Bréfritari: Sigríður Pálsdóttir
Viðtakandi: Páll Pálsson
Dagsetning: A-1868-08-11
Skrifað á: Breiðabólsstað  Rang.
Páll var bróðir Sigríðar

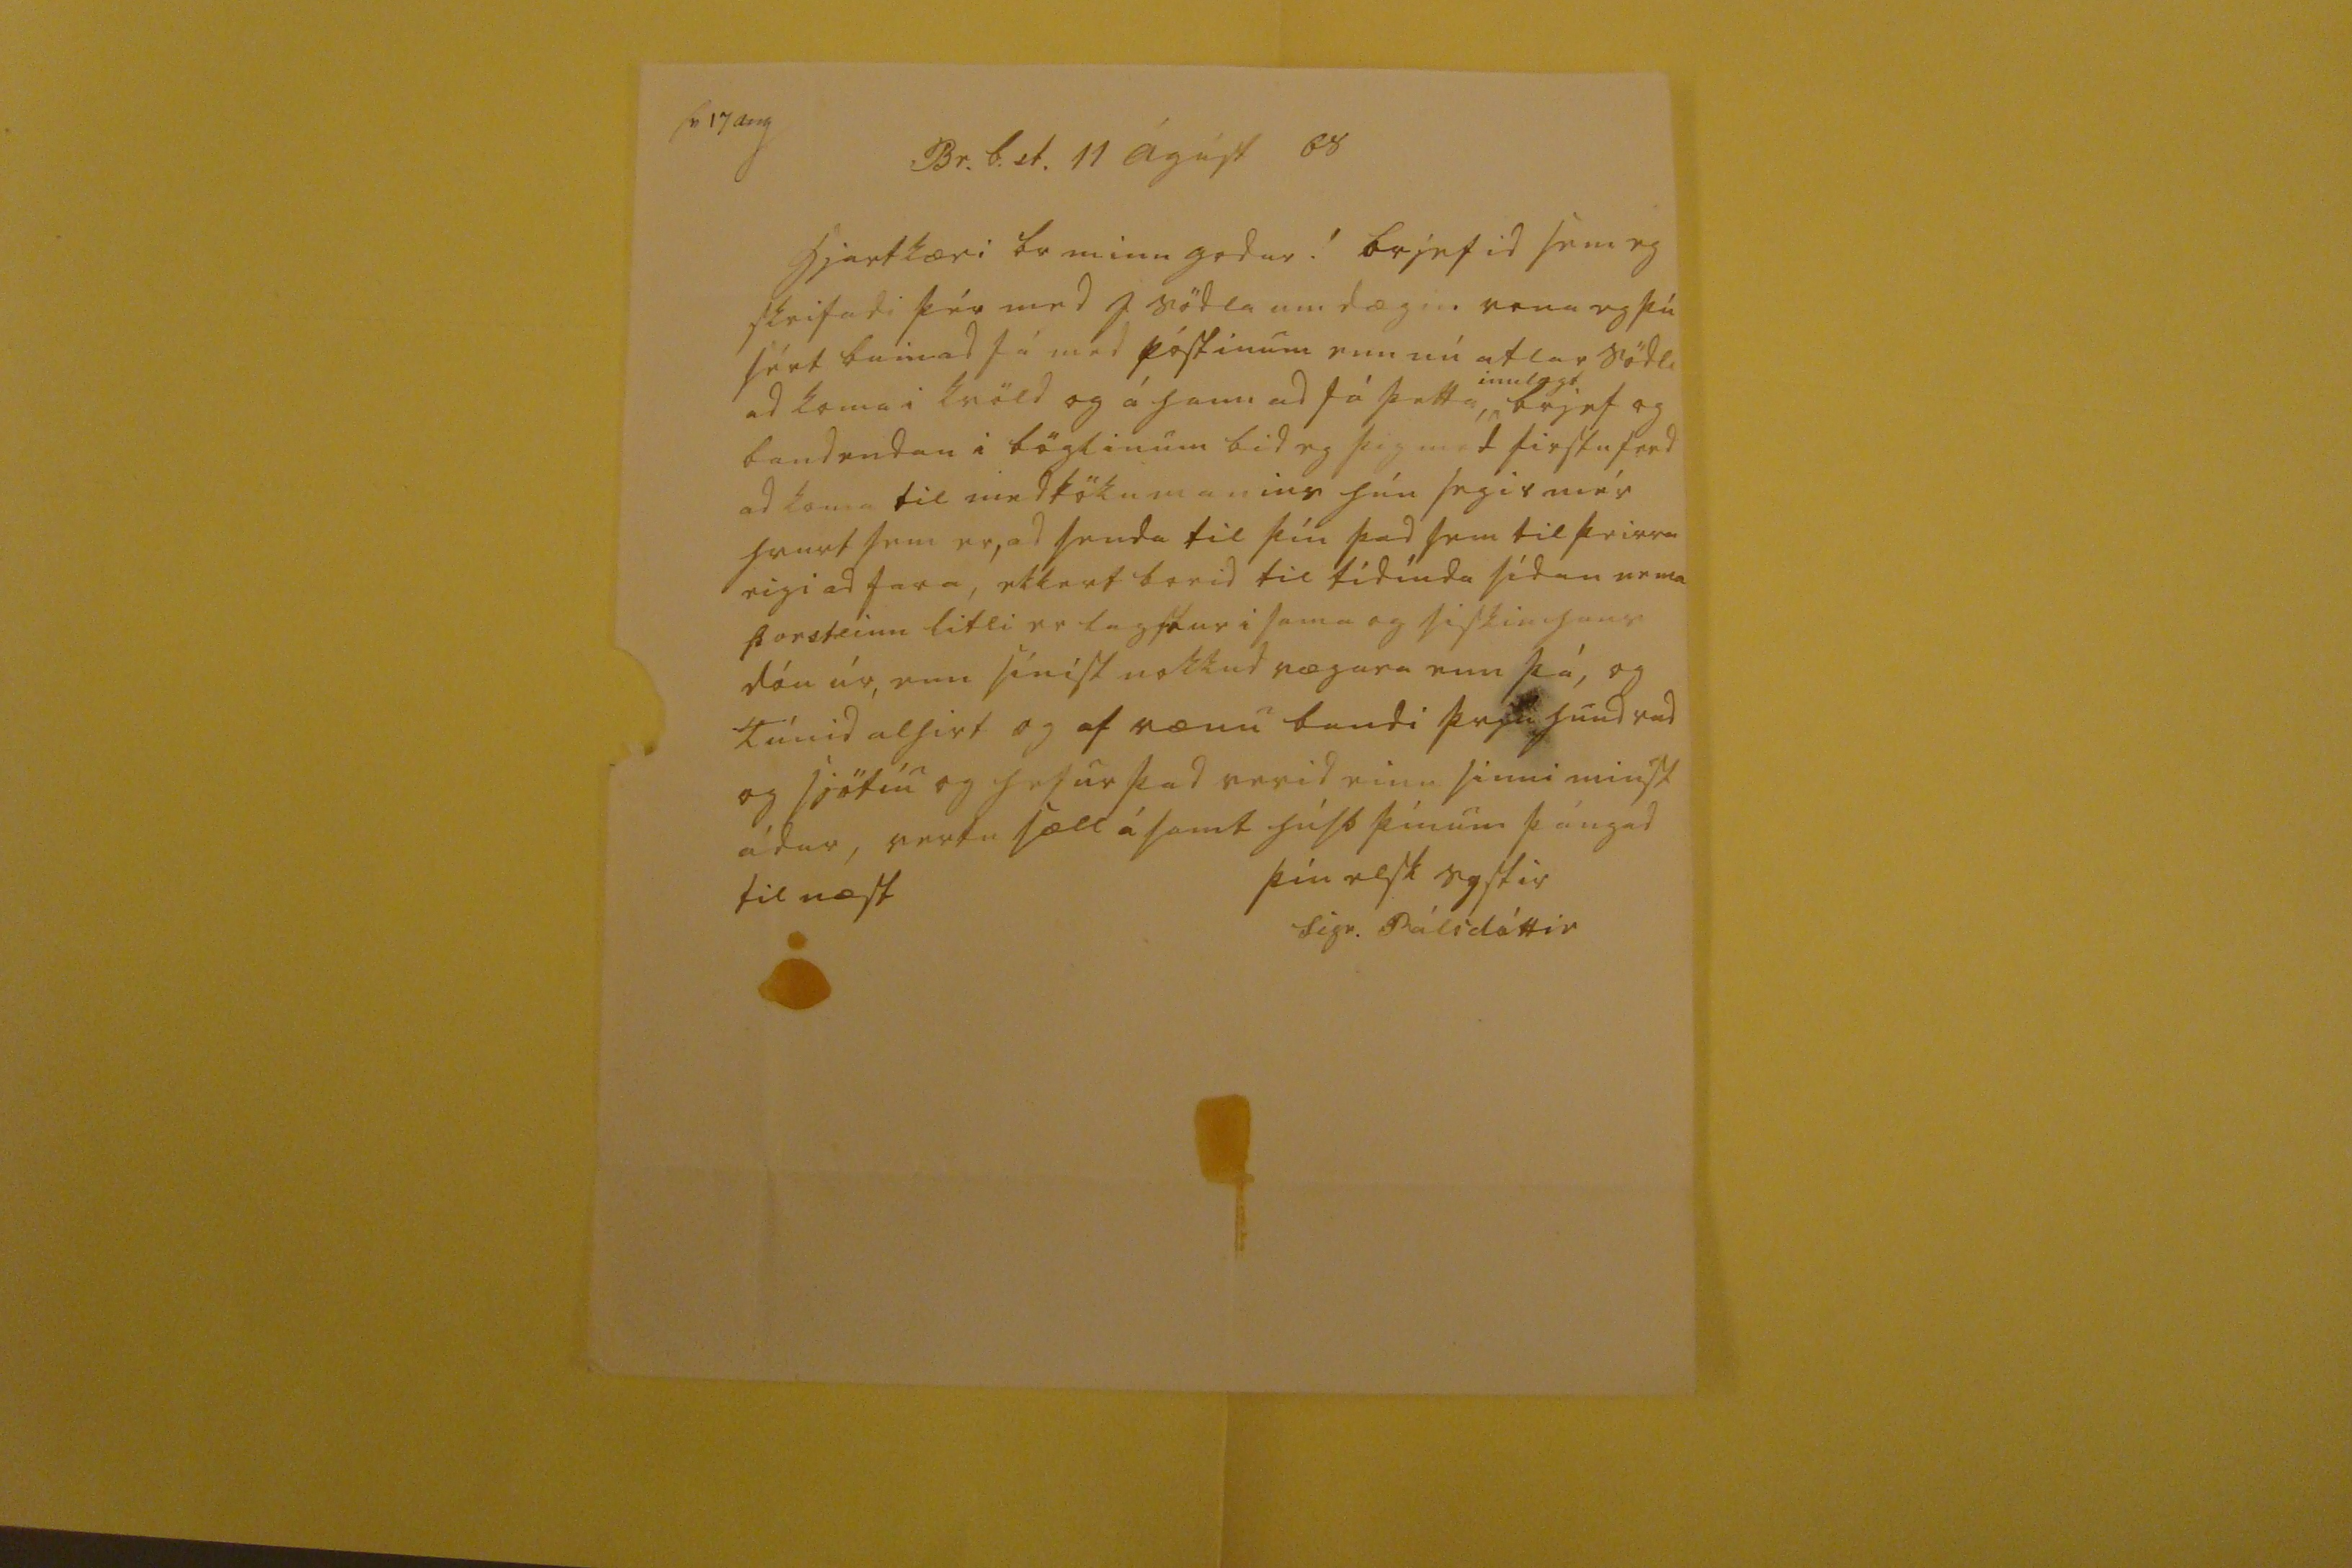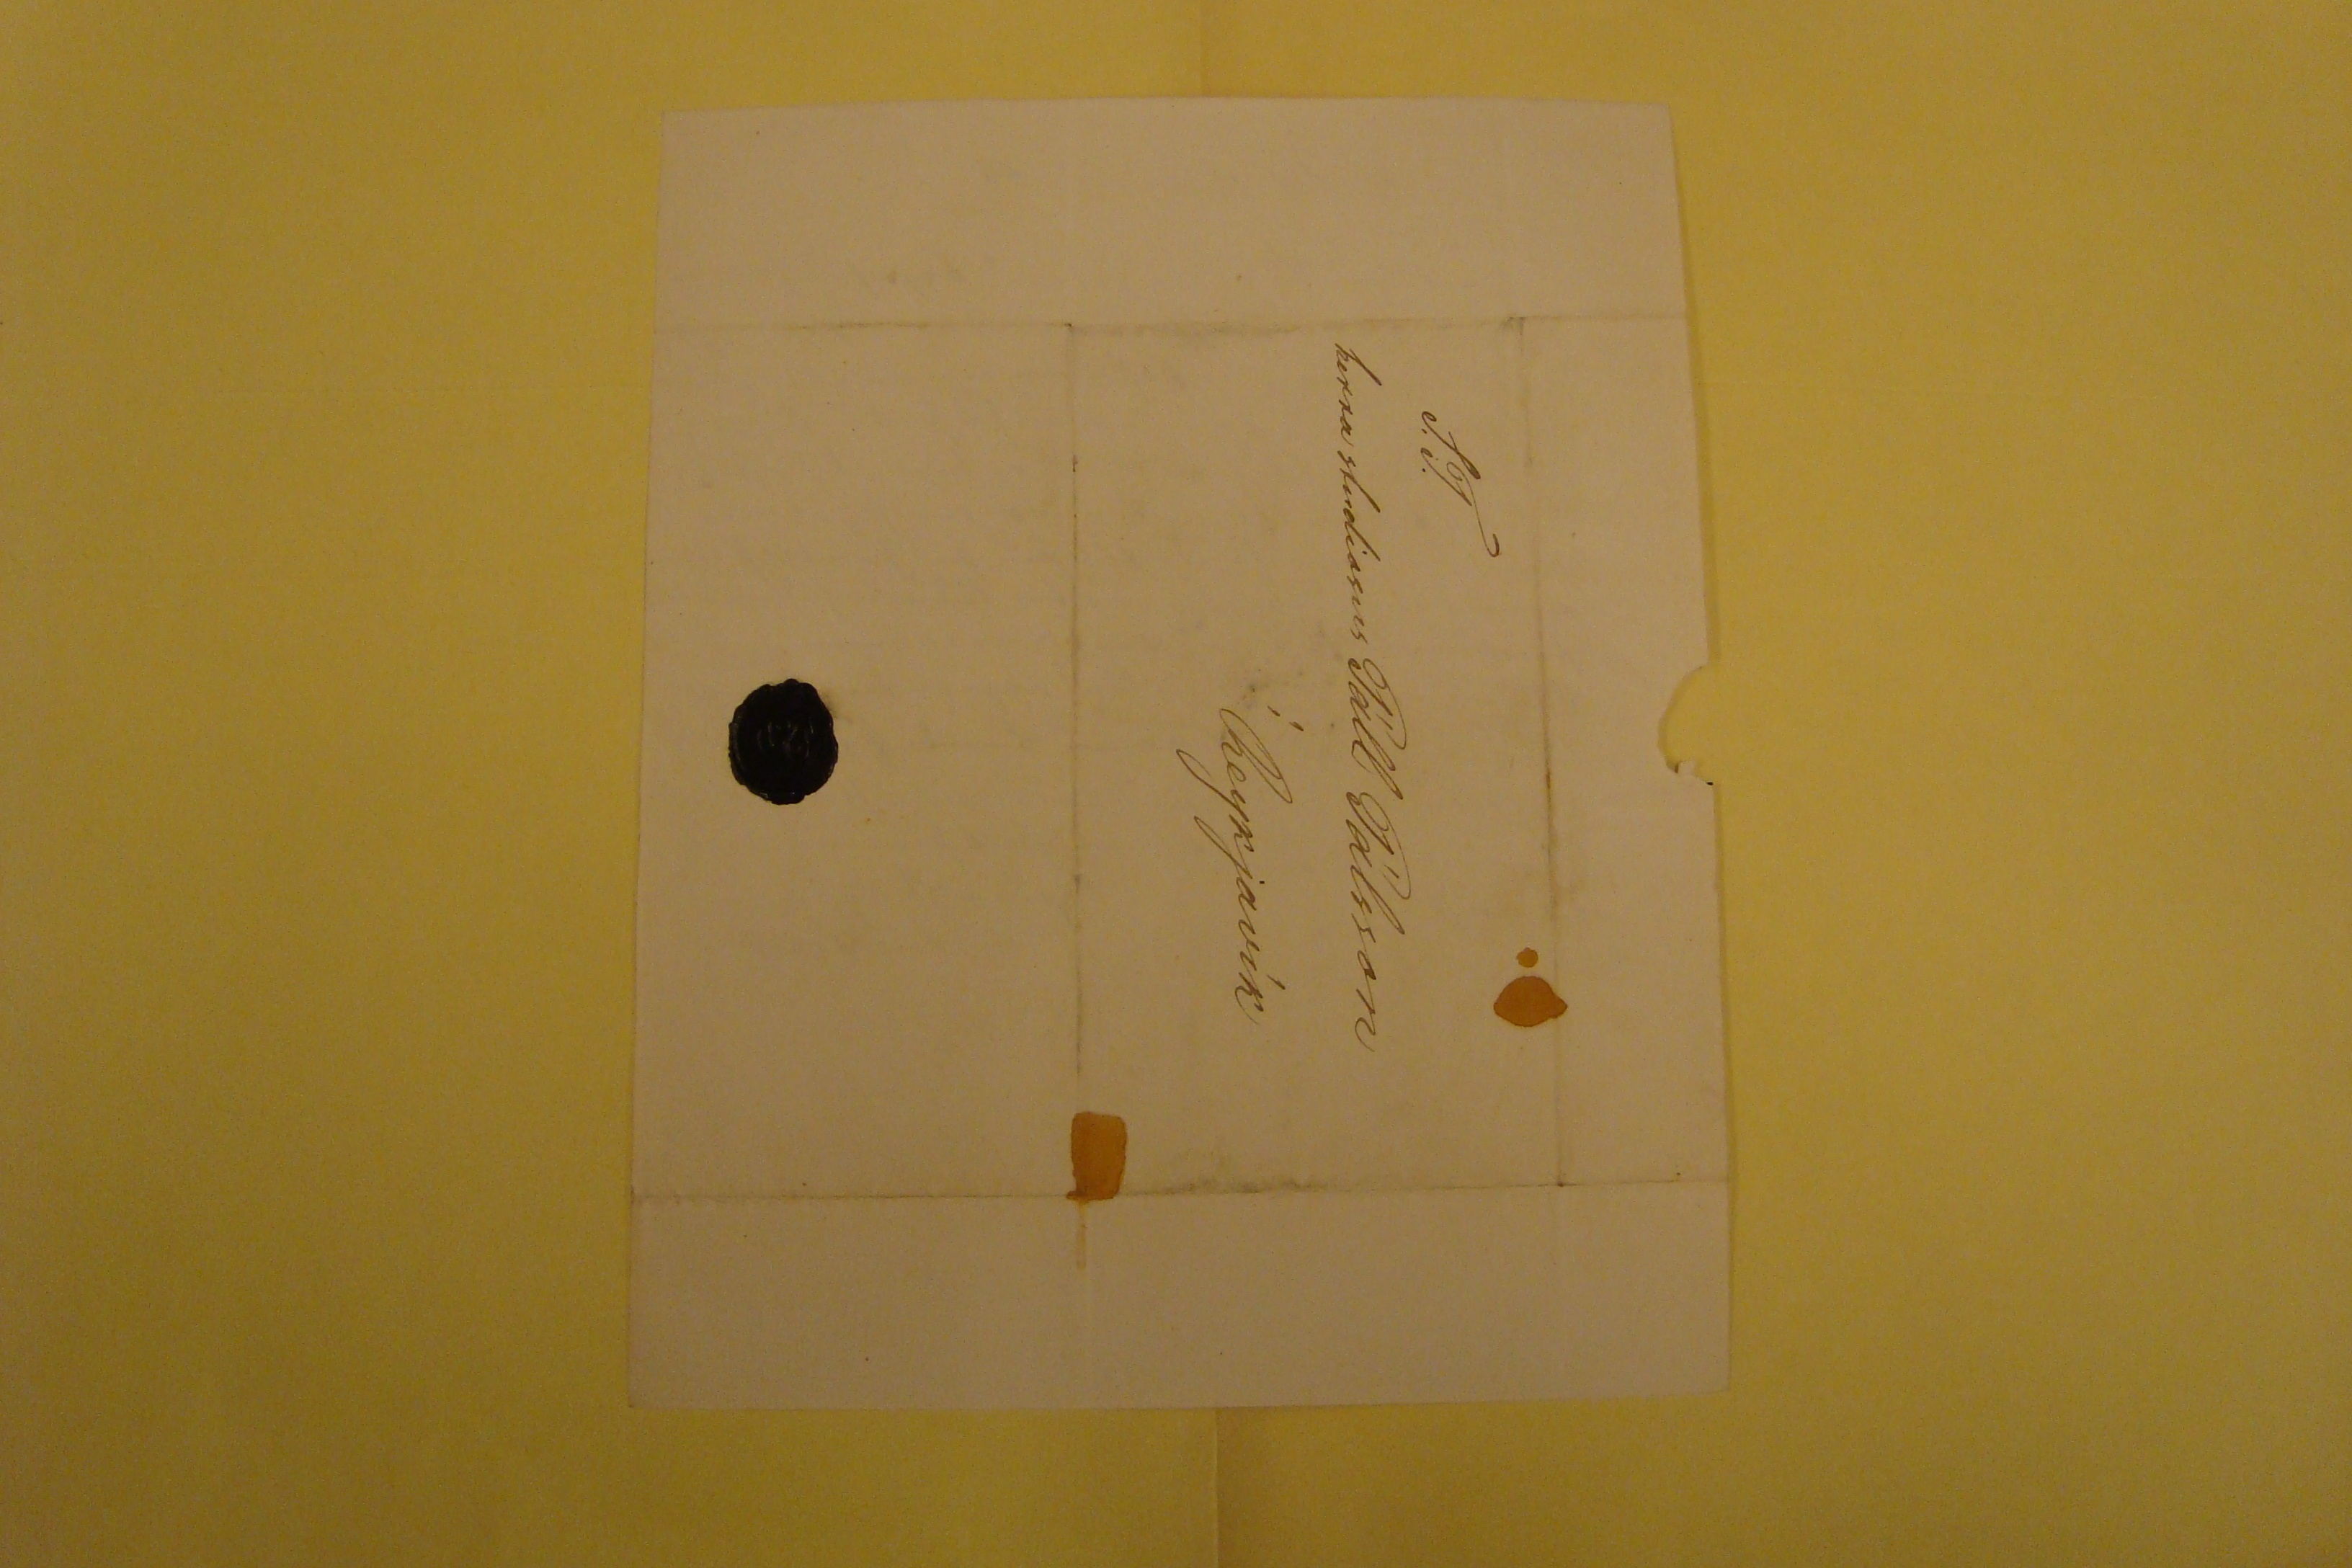

sv 17 aug
Br.b.st. 11 Ágúst 68
hjartkæri br minn godur! brjefid sem eg skrifadi þér med J södla um dægin vona eg þú sért búin ad fá med póstinum enn nú atlar Södli ad koma i kvöld og á hann ad fá þetta
innlagt
brjef og bandendan i böglinum bid eg þig med firstu ferd ad koma til medtökumanins hún segir mér hvurt sem er, ad senda til þín þad sem til þeirra eigi ad fara, ekkert borid til tídínda sídan nema Þorsteinn litli er lagstur i sama og siskin hans dóu úr, enn sínist nokkud hægara enn þá, og Túnid alhirt og af vænu bandi þessi hundrad og sjötíu og hefur þad verid einu sinni minst ádur, vertu sæll ásamt húsb þínum þángad til næst
þín elsk systir
Sigr. Pálsdóttir
S.T. herra studiosus Páll Pálsson í Reykjavík